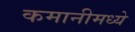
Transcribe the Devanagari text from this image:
कमानीमध्ये